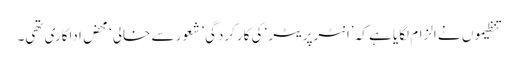
تنظیموں نے الزام لگایا ہے کہ ’انٹرپریٹر‘ کی کارکردگی ’شعور سے خالی‘ محض اداکاری تھی۔